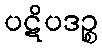
ပဋိပဒဉ္စ